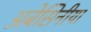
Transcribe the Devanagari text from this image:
अबेसिनीया